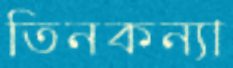
তিনকন্যা